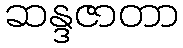
ဆန္ဒဇာတာ